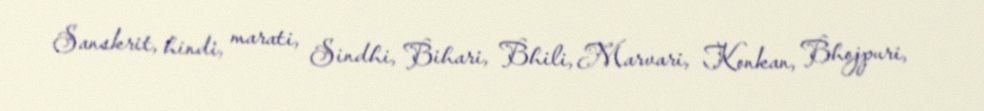
Sanskrit, hindi, marati, Sindhi, Bihari, Bhili, Marvari, Konkan, Bhojpuri,